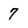
Character: 7